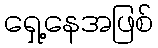
ရှေ့နေအဖြစ်